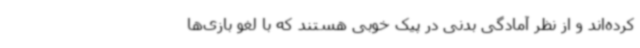
کرده‌اند و از نظر آمادگی بدنی در پیک خوبی هستند که با لغو بازی‌ها